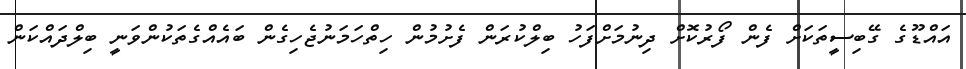
އައްޑޫގެ ގޭބިސީތަކަށް ފެން ފޯރުކޮށް ދިނުމަށްފަހު ބިލްކުރަން ފެށުމުން ހިތްހަމަނުޖެހިގެން ބައެއްގެތަކުންވަނީ ބިލްދައްކަން